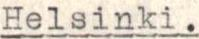
Helsinki.